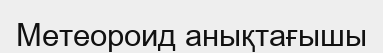
Метеороид анықтағышы